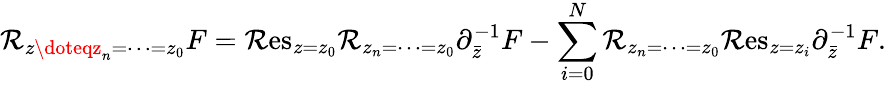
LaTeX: {\cal\mathcal{R}}_{z\doteqz_{n}=\cdots=z_{0}}F=\mathrm{{\mathcal{R}es}}_{z=z_{0}}{\cal\mathcal{R}}_{z_{n}=\cdots=z_{0}}\partial_{\bar{{z}}}^{-1}F-\sum_{i=0}^{N}{\cal\mathcal{R}}_{z_{n}=\cdots=z_{0}}\mathrm{{\mathcal{R}es}}_{z=z_{i}}\partial_{\bar{{z}}}^{-1}F.